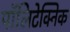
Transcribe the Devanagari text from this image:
पॉलिटेक्‍निक